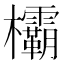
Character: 欛